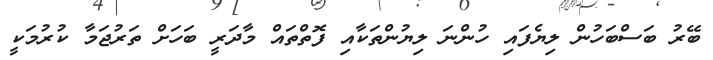
ބޭރު ބަސްބަހުން ލިޔެފައި ހުންނަ ލިޔުންތަކާއި ފޮތްތައް މާދަރީ ބަހަށް ތަރުޖަމާ ކުރުމަކީ